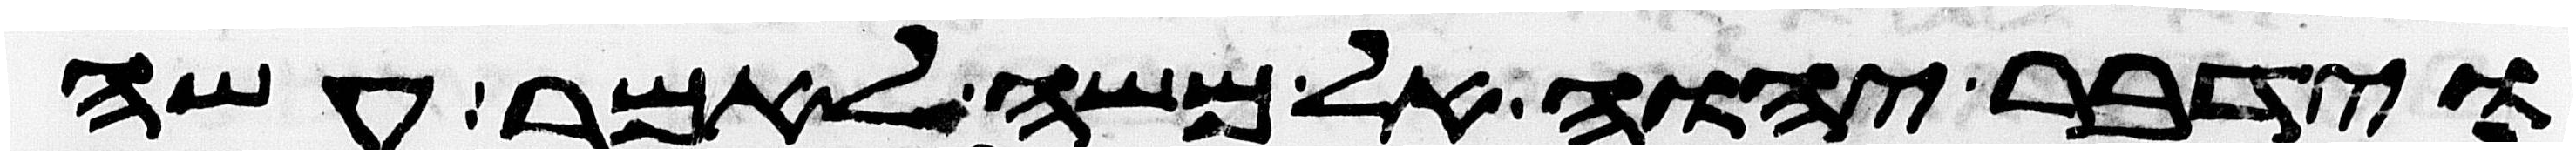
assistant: וידבר יהוה אל משה לאמר עשה